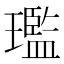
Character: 璼